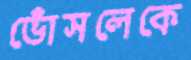
ভোঁসলেকে